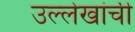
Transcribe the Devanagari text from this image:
उल्लेखांची